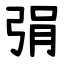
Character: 弲